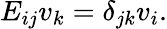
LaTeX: E_{ij}v_{k}=\delta_{jk}v_{i}.